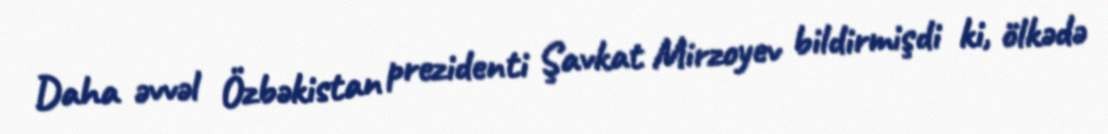
Daha əvvəl Özbəkistan prezidenti Şavkat Mirzoyev bildirmişdi ki, ölkədə